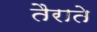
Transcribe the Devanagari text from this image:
तैराते